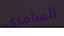
السامري